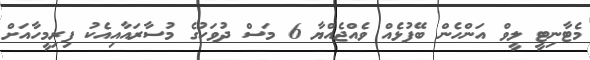
މެޓާނިޓީ ލީވް އަންހެން ބޭފުޅެއް ވެއްޖެއްޔާ 6 މަސް ދުވަހުގެ މުސާރައާއިއެކު ފިރިމީހާއަށް